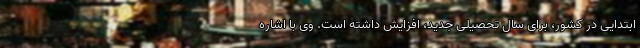
ابتدایی در کشور، برای سال تحصیلی جدید، افزایش داشته است. وی با اشاره